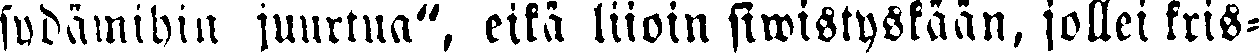
sydämihin juurtua", eikä liioin siwistyskään, jollei kris-